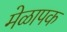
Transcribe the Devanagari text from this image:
मेळापक